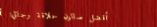
أفضل صالون حلاقة رجالي: أ